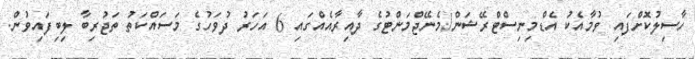
ހާސިލުކޮށްފައި ވުމާއެކު އެޑްމިނިސްޓްރޭޝަން/މެނޭޖްމަންޓުގެ ދާއިރާއެއްގައި 6 އަހަރު ދުވަހުގެ މަސައްކަތު ތަޖުރިބާ ލިބިފައިވުން.